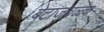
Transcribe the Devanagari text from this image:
बेटाजवळ्च